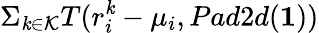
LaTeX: \Sigma_{\mathit{k}\in\mathcal{{K}}}T(r_{i}^{\mathit{k}}-\mu_{i},Pad2d(\mathbf{{1}}))